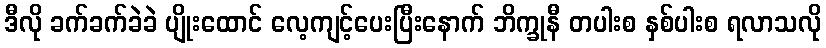
ဒီလို ခက်ခက်ခဲခဲ ပျိုးထောင် လေ့ကျင့်ပေးပြီးနောက် ဘိက္ခုနီ တပါးစ နှစ်ပါးစ ရလာသလို